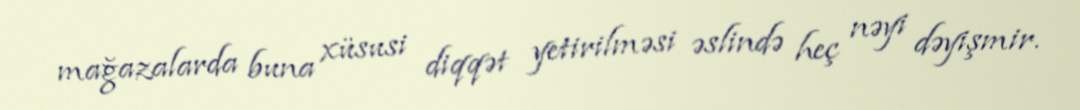
mağazalarda buna xüsusi diqqət yetirilməsi əslində heç nəyi dəyişmir.